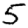
Digit: 5